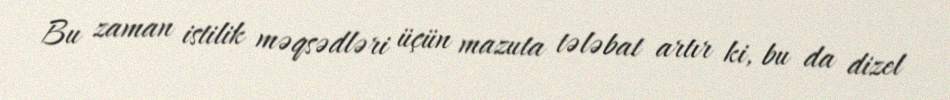
Bu zaman istilik məqsədləri üçün mazuta tələbat artır ki, bu da dizel